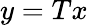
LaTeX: y=Tx